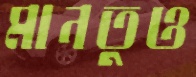
মানতুও